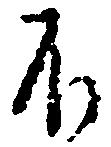
不